Lunatic asylums United Prov. 1922-30 - 1922-1930
Year: 1922
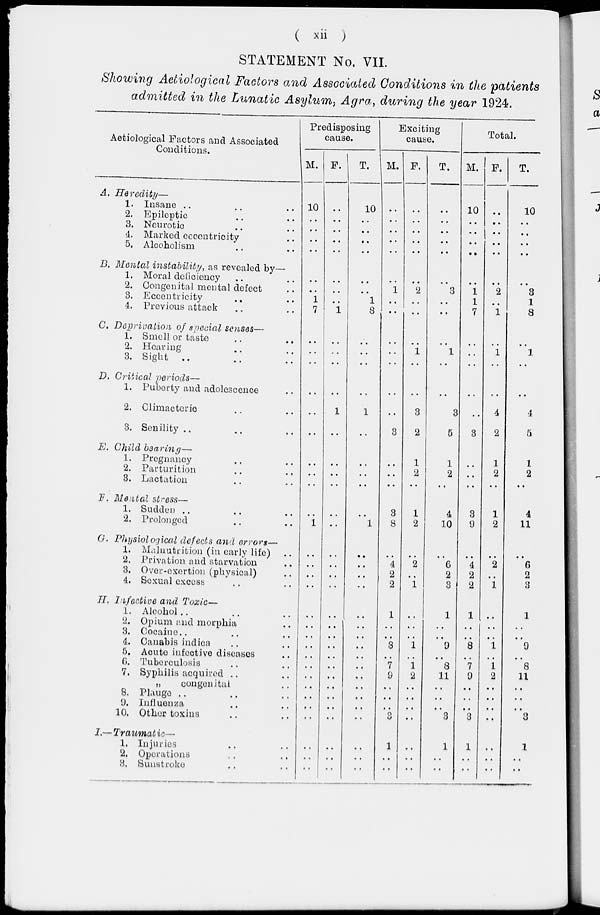
( xii )
STATEMENT No. VII.
Showing Aetiological Factors and Associated Conditions in the patients
admitted in the Lunatic Asylum, Agra, during the year 1924.
Aetiological Factors and Associated
Conditions.
A.
Heredity-
1.
2.
3.
4.
5.
Insane .. .. ..
Eplieptic .. ..
Neurotic .. ..
Marked eccentricity ..
Alcoholism .. ..
B. Mental instability, as revealed by—
1.
2.
3.
4.
Moral deficiency .. ..
Congenital mental defect ..
Eccentricity .. ..
Previous attack .. ..
C. Deprivation of special senses—
1.
2.
3.
Smell or taste .. ..
Hearing .. ..
Sight .. .. ..
D. Critical periods—
1.
2.
3.
Puberty and adoloscence ..
Climacteric .. ..
Senility .. .. ..
E. Child bearing—
1.
2.
3.
Pregnancy .. ..
Parturition .. ..
Lactation .. ..
F.. Mental stress—
1.
2.
Sudden .. .. ..
Prolonged .. ..
G. Physiological defects and errors—
1.
2.
3.
4.
Malnutrition (in early life) ..
Privation and starvation ..
Over-exertion (physical) ..
Sexual excess .. ..
H. Infective and Toxic—
1.
2.
3.
4.
5.
6.
7.
8.
9.
10.
Alcohol .. .. ..
Opium and morphia ..
Cocaine .. .. ..
Canabis indica .. ..
Acute infective diseases ..
Tuberculosis .. ..
Syphilis acquired .. ..
„
congenital ..
Plauge .. .. ..
Influenza .. ..
Other toxins .. ..
I.— Traumatic—
1.
2.
3.
Injuries .. ..
Operations .. ..
Sunstroke .. ..
Predisposing
cause.
M.
10
..
..
..
..
..
..
1
7
..
..
..
..
..
..
..
..
..
..
1
..
..
..
..
..
..
..
..
..
..
..
..
..
..
..
..
..
..
F.
..
..
..
..
..
..
..
..
1
..
..
..
..
1
..
..
..
..
..
..
..
..
..
..
..
..
..
..
..
..
..
..
..
..
..
..
..
..
T.
10
..
..
..
..
..
..
1
8
..
..
..
..
1
..
..
..
..
..
1
..
..
..
..
..
..
..
..
..
..
..
..
..
..
..
..
..
..
Exciting
cause.
M.
..
..
..
..
..
..
1
..
..
..
..
..
..
..
3
..
..
..
3
8
..
4
2
2
1
..
..
3
..
7
9
..
..
..
3
..
..
..
F.
..
..
..
..
..
..
2
..
..
..
1
..
..
3
2
1
2
..
1
2
..
2
..
1
..
..
..
1
..
1
2
..
..
..
..
..
..
..
T.
..
..
..
..
..
..
3
..
..
..
1
..
..
3
5
1
2
..
4
10
..
6
2
3
1
..
..
9
..
8
11
..
..
..
3
..
..
..
Total.
M.
10
..
..
..
..
..
1
1
7
..
..
..
..
..
3
..
..
..
3
9
..
4
2
2
1
..
..
8
..
7
9
..
..
..
3
..
..
..
F.
..
..
..
..
..
..
2
..
1
..
1
..
..
4
2
1
2
..
1
2
..
2
..
1
..
..
..
1
..
1
2
..
..
..
..
..
..
..
T.
10
..
..
..
..
..
3
1
8
..
1
..
..
4
5
1
2
..
4
11
..
6
2
3
1
..
..
9
..
8
11
..
..
..
3
..
..
..